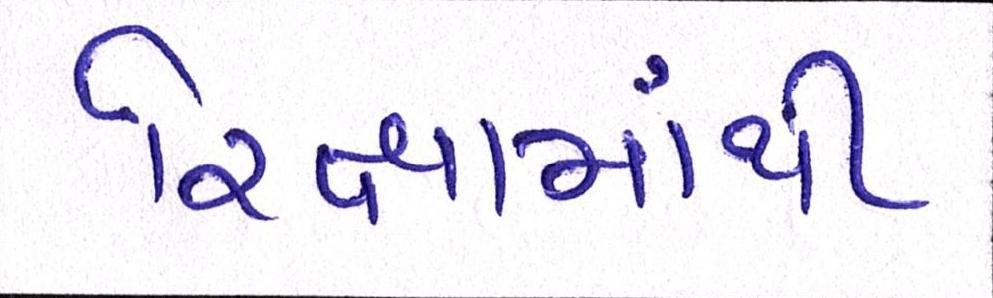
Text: રિક્ષામાંથી